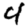
Digit: 4